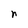
Character: n